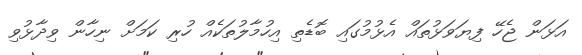
އަޅަން ޖެހޭ ފިޔަވަޅުތައް އެޅުމުގައި ބޮޑެތި އިހުމާލުތަކެއް ހުރި ކަމަށް ނިހާން ވިދާޅުވި